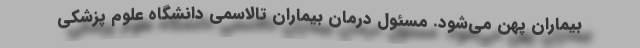
بیماران پهن می‌شود. مسئول درمان بیماران تالاسمی دانشگاه علوم پزشکی